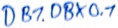
Text: DB1.DBX0.1